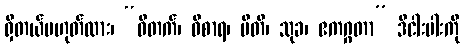
ရှိတယ်မဟုတ်လား၊ “ဝိတက်၊ ဝိစာရ၊ ပီတိ၊ သုခ၊ ဧကဂ္ဂတာ” ဒီငါးပါးကို